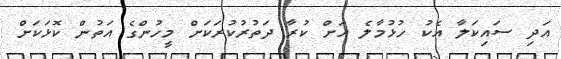
އަދި ސައިކަލާ އެކު ހުޅުމާލެ އަށް ކުރާ ދަތުރުކުރަކަށް މީހުންގެ އަތުން ކޮޅަކަށް